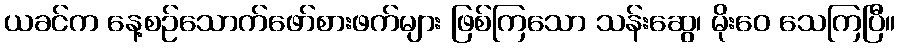
ယခင်က နေ့စဉ်သောက်ဖော်စားဖက်များ ဖြစ်ကြသော သန်းဆွေ၊ မိုးဝေ သေကြပြီ။